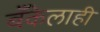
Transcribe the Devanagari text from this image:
बँकेलाही